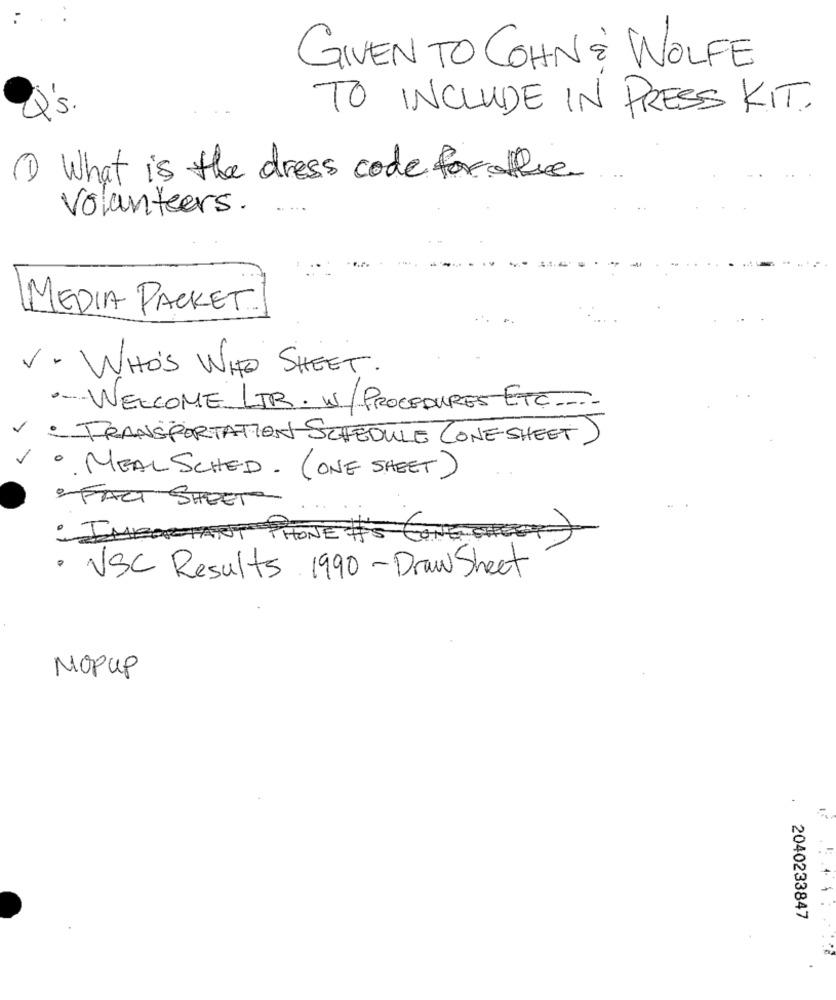
GIVEN TO COHN & WOLFE
TO INCLUDE IN PRESS KIT.
1 What is the dress code for the
Volunteers.
MEDIA PACKET
V . WHO'S WHO SHEET .
.- WELCOME LTR. W/PROCEDURES ETC ...
: TRANSPORTATION SCHEDULE CONE SHEET
· MEAL SCHED. ( ONE SHEET)
: FACT SHEET
IMPORTANT
PHONE :
· VSC Results 1990-Draw Sheet
MOPUP
2040233847